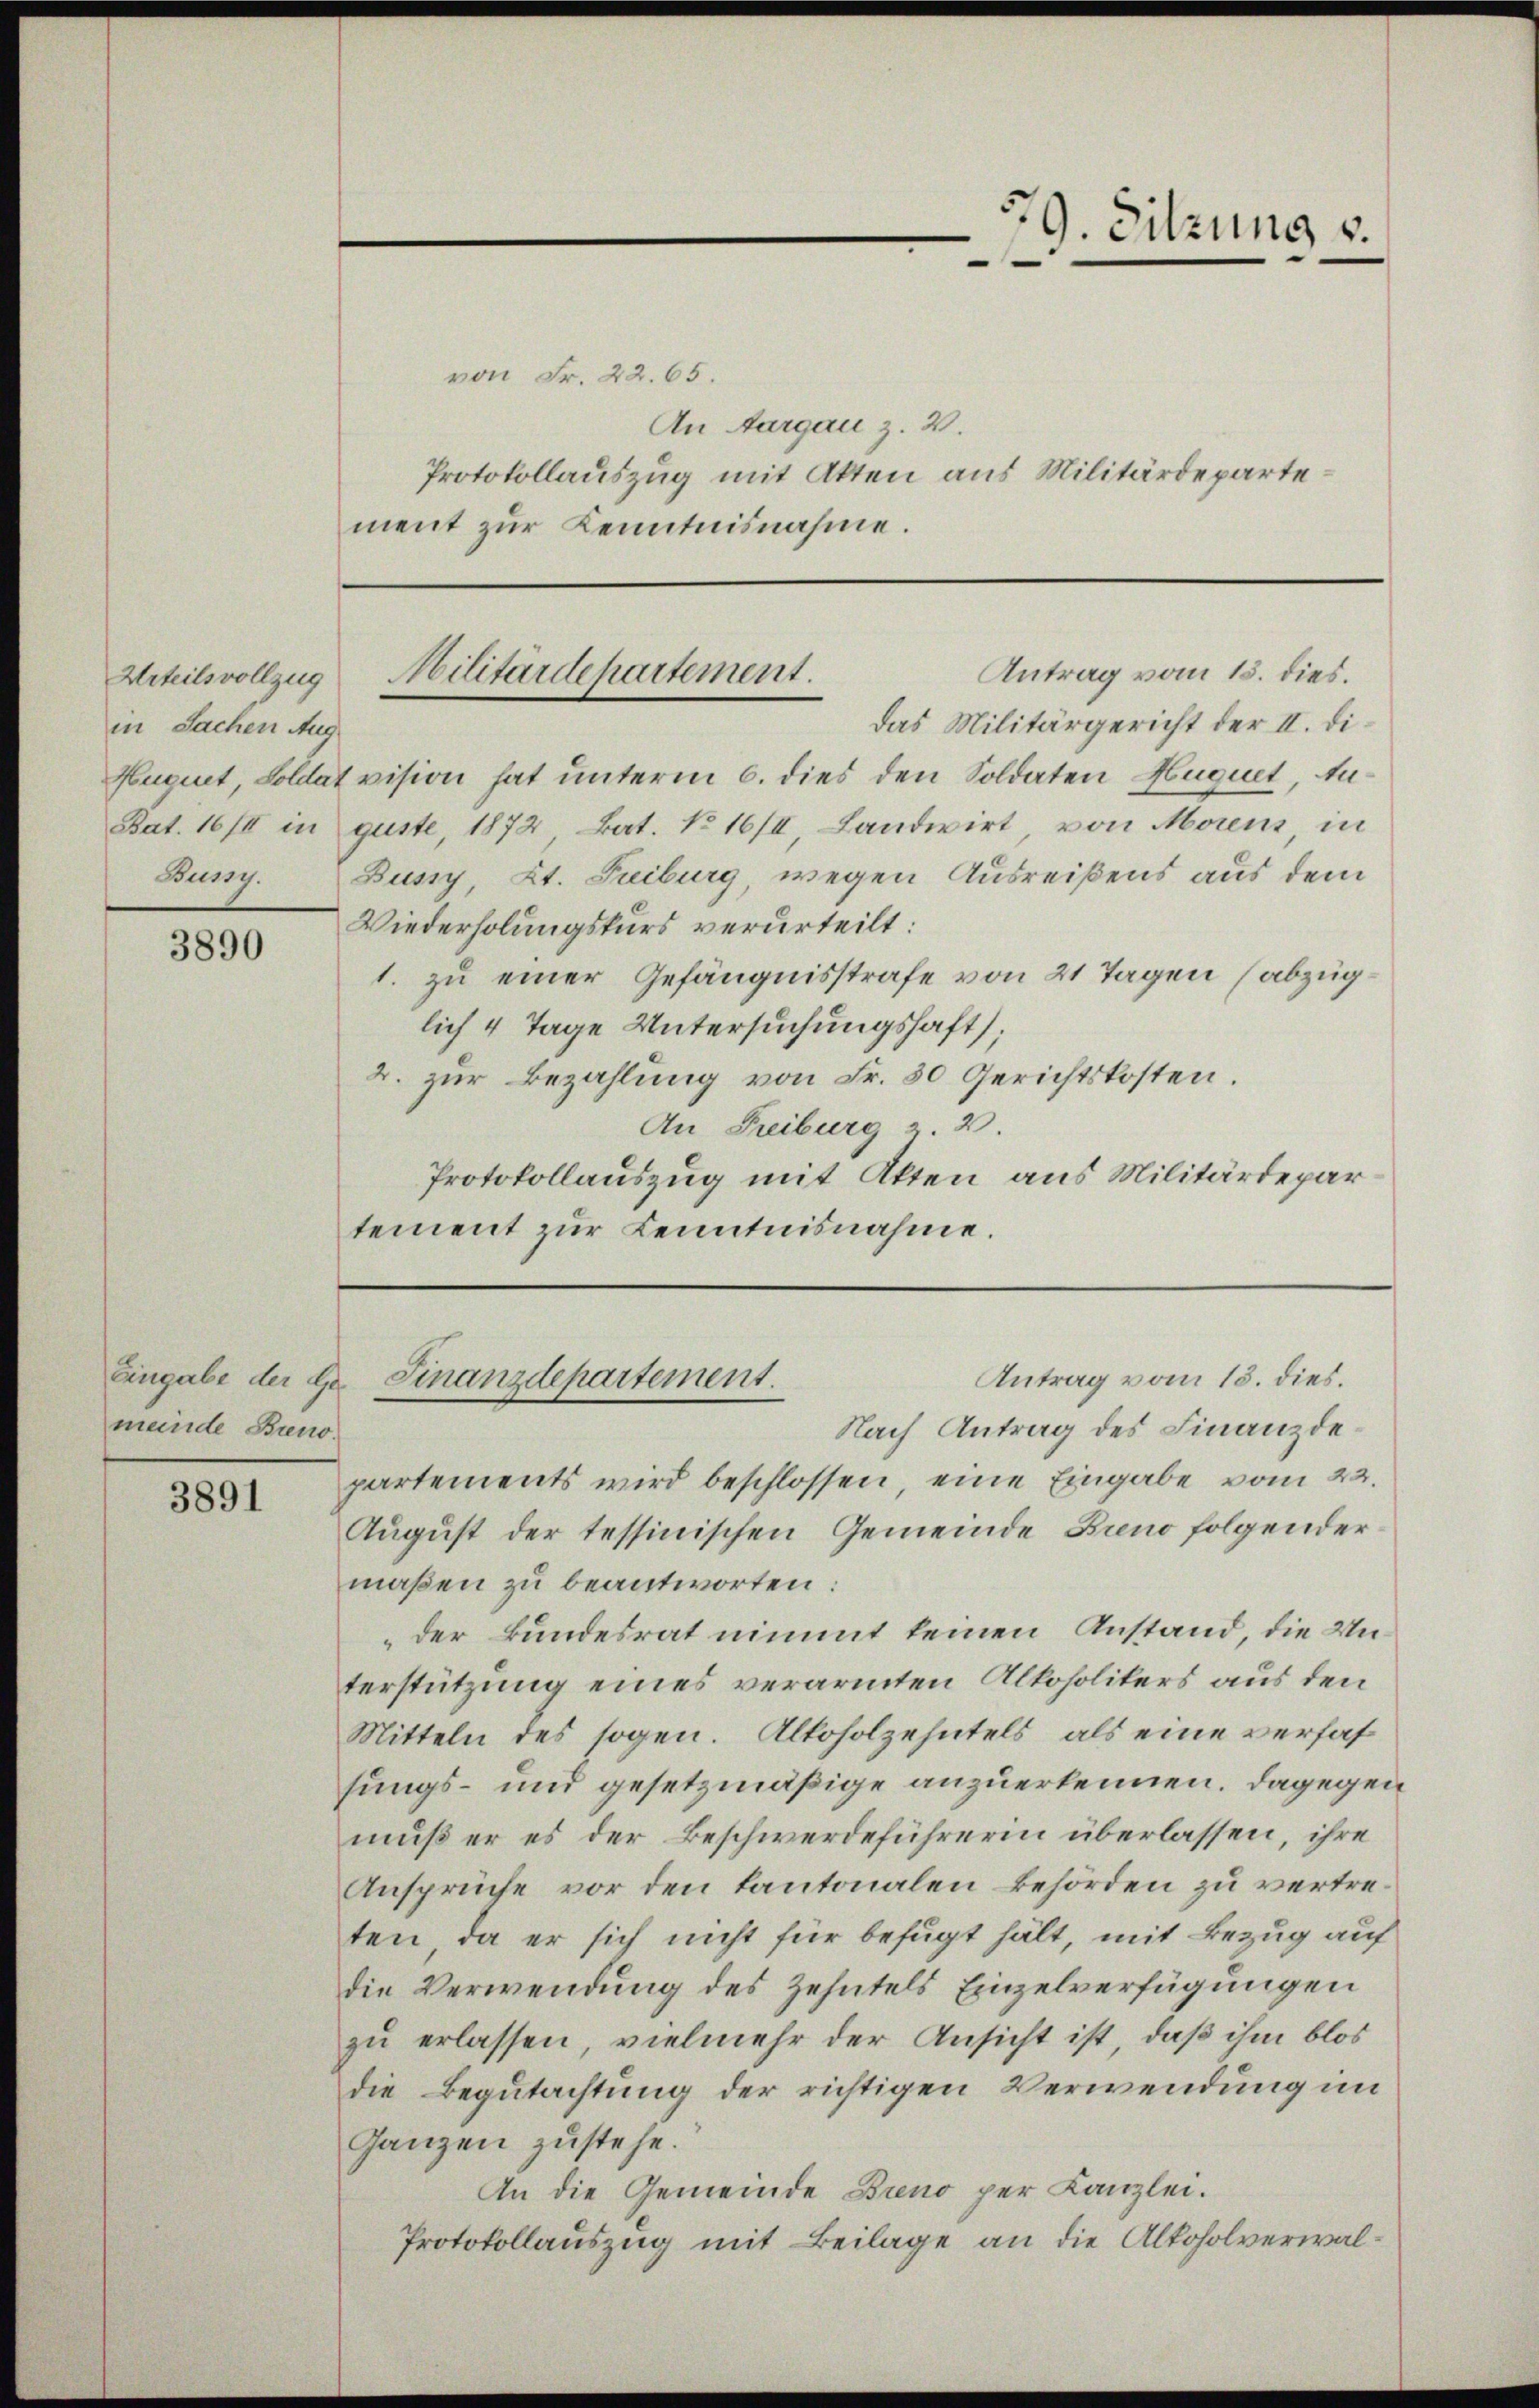
Urteilsvollzug
in Sachen Aug
Bun.

3890

meinde Breno.

3891

von Fr. 22. 65.
An Aargau z. B.
Protokollauszug mit Akten aus Militärdepartement zur Kenntnisnahme.

Das Militärgericht der II. Di¬
Hugnet, Soldat vision hat unterm 6. dies den Soldaten Huquet, An¬
Bat. 16/II in guste 1872 Bat. No 16/II, Landwirt, von Morens, in
Bussy, Kt. Treiburg, wegen Ausreißens aus dem
Wiederholungskurs verurteilt:
1. zu einer Gefängnisstrafe von 21 Tagen (abzuglich 4 Tage Untersuchungshaft;
2. zur Bezahlung von Fr. 30 Gerichtskosten.
An Freiburg z. 2.
Protokollauszug mit Akten aus Militärdepar
tement zur Kenntnisnahme.

9. Sitzung v.

Antrag vom 15. dies.
Militärdepartement.

Antrag vom 13. dies.
Eingabe der Hr. Finanzdepartement.
Nach Antrag des Finanzde¬

partements wird beschlossen, eine Eingabe vom 22.
August der tessinischen Gemeinde Brend folgendermaßen zu beantworten:
„der Bundesrat nimmt keinen Anstand, die Unterstützung eines verarmten Alkoholikers aus den
Mitteln des sogen. Alloholzehntels, als eine verfas
sungs- und gesetzmäßige anzuerkennen. Dagegen
muß er es der Beschwerdeführerin überlassen, ihre
Ansprüche vor den kantonalen Behörden zu vertreten, da er sich nicht für befugt hält, mit Bezug auf
die Verwendung des Zehntels Einzelverfügungen
zu erlassen, vielmehr der Ansicht ist, daß ihm blos
die Begutachtung der richtigen Verwendung im
Ganzen zustehe.
An die Gemeinde Breno per Kanzlei.
Protokollauszug mit Beilage an die Alkoholverwal¬